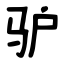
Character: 驴